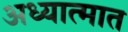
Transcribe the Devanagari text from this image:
अध्यात्मात